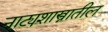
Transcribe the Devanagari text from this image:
नाट्यशास्त्रातील